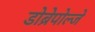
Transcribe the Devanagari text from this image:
डोब्रेपोल्जे